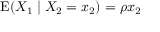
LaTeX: \operatorname { E } ( X _ { 1 } \mid X _ { 2 } = x _ { 2 } ) = \rho x _ { 2 }